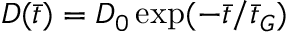
D ( \bar { t } ) = D _ { 0 } \exp ( - \bar { t } / \bar { t } _ { G } )